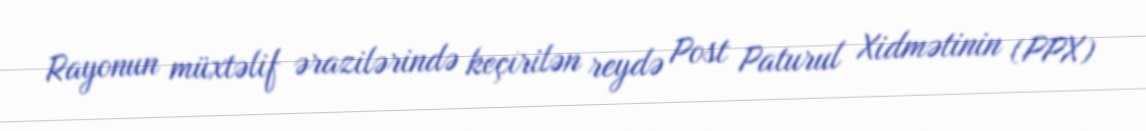
Rayonun müxtəlif ərazilərində keçirilən reydə Post Paturul Xidmətinin (PPX)